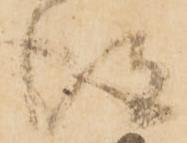
得